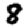
Digit: 8